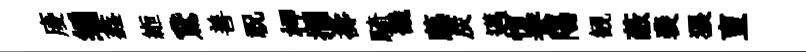
庱编鑫縆鵞善祝柙攔壽騎畿藤炭邁愎鴦陽観蔽裴猥亶